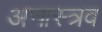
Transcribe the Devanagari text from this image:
अनास्त्रव